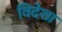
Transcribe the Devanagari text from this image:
विदेशा